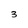
Character: 3